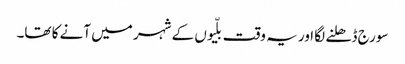
سورج ڈھلنے لگا اور یہ وقت بلّیوں کے شہر میں آنے کا تھا۔